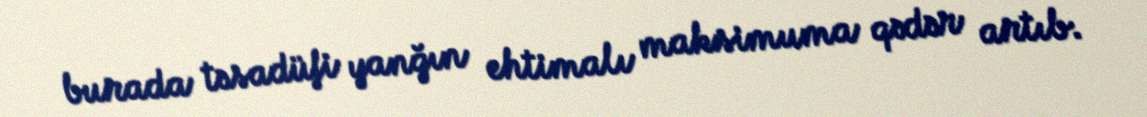
burada təsadüfi yanğın ehtimalı maksimuma qədər artıb.